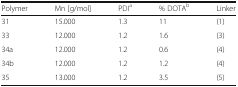
| Polymer | Mn [g/mol] | PDIa | % DOTAb | Linker |
 | --- | --- | --- | --- | --- |
 | 31 | 15.000 | 1.3 | 11 | (1) |
 | 33 | 12.000 | 1.2 | 1.6 | (3) |
 | 34a | 12.000 | 1.2 | 0.6 | (4) |
 | 34b | 12.000 | 1.2 | 1.2 | (4) |
 | 35 | 13.000 | 1.2 | 3.5 | (5) |